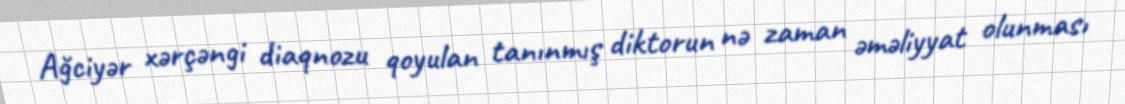
Ağciyər xərçəngi diaqnozu qoyulan tanınmış diktorun nə zaman əməliyyat olunması